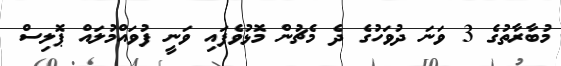
މުބާރާތުގެ 3 ވަނަ ދުވަހުގެ ދެ މެޗުން މޮޅުވެފައި ވަނީ ފުވައްމުލައް ޕޮލިސް